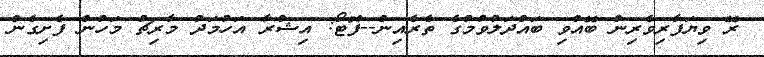
ރޭ ވިޔަފާރިވެރިން ބޭއްވި ބައްދަލުވުމުގެ ތެރެއިން--ފޮޓޯ: އިޝްރާ އަހުމަދު މާރިޗު މަހުން ފެށިގެން